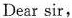
Dear sir，